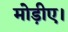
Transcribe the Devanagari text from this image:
मोड़ीए।